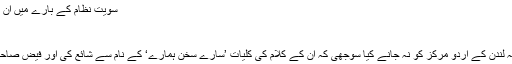
سویت نظام کے بارے میں ان کی مایوسی ان کی اس نظم میں جھلکتی ہے:
ہزار وہم و گماں سنبھالے
کئی طرح سے سوال تھامے
ابھی فیض صاحب ستر برس ہی کے تھے کہ لندن کے اردو مرکز کو نہ جانے کیا سوجھی کہ ان کے کلام کی کلیات ’سارے سخن ہمارے‘ کے نام سے شائع کی اور فیض صاحب کو اس کی تقریب رونمائی میں مدعو کیا۔